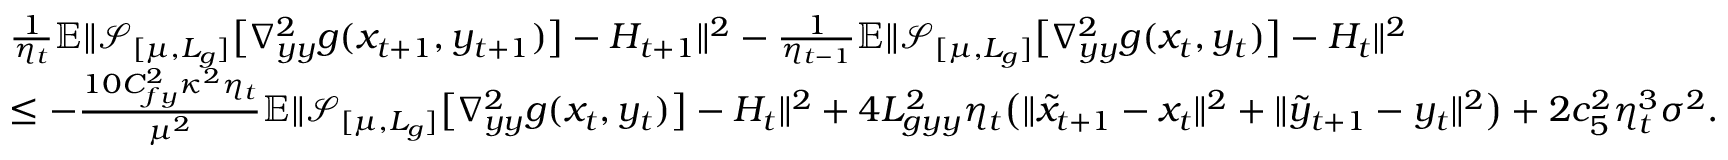
\begin{array} { r l } & { \frac { 1 } { \eta _ { t } } \mathbb { E } \| \mathcal { S } _ { [ \mu , L _ { g } ] } \big [ \nabla _ { y y } ^ { 2 } g ( x _ { t + 1 } , y _ { t + 1 } ) \big ] - H _ { t + 1 } \| ^ { 2 } - \frac { 1 } { \eta _ { t - 1 } } \mathbb { E } \| \mathcal { S } _ { [ \mu , L _ { g } ] } \big [ \nabla _ { y y } ^ { 2 } g ( x _ { t } , y _ { t } ) \big ] - H _ { t } \| ^ { 2 } } \\ & { \leq - \frac { 1 0 C _ { f y } ^ { 2 } \kappa ^ { 2 } \eta _ { t } } { \mu ^ { 2 } } \mathbb { E } \| \mathcal { S } _ { [ \mu , L _ { g } ] } \big [ \nabla _ { y y } ^ { 2 } g ( x _ { t } , y _ { t } ) \big ] - H _ { t } \| ^ { 2 } + 4 L _ { g y y } ^ { 2 } \eta _ { t } \big ( \| \tilde { x } _ { t + 1 } - x _ { t } \| ^ { 2 } + \| \tilde { y } _ { t + 1 } - y _ { t } \| ^ { 2 } \big ) + 2 c _ { 5 } ^ { 2 } \eta _ { t } ^ { 3 } \sigma ^ { 2 } . } \end{array}